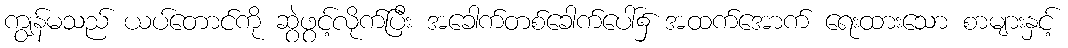
ကျွန်မသည် ယပ်တောင်ကို ဆွဲဖွင့်လိုက်ပြီး အခေါက်တစ်ခေါက်ပေါ်၌ အထက်အောက် ရေးထားသော စာများနှင့်